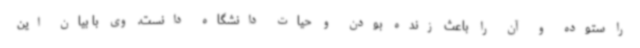
را ستوده و آن را باعث زنده بودن و حیات دانشگاه دانست. وی با بیان این